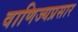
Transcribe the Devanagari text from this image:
वाणिज्यप्रसार